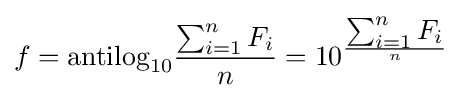
f={\text{antilog}}_{10}{\frac {\textstyle \sum _{i=1}^{n}F_{i}}{n}}=10^{\frac {\textstyle \sum _{i=1}^{n}F_{i}}{n}}